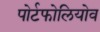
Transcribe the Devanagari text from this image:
पोर्टफोलियोव